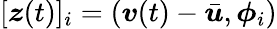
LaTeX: [\boldsymbol{z}(t)]_{i}=(\boldsymbol{v}(t)-\bar{\boldsymbol{u}},\boldsymbol{\phi}_{i})